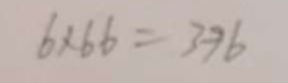
6 \times 6 6 = 3 9 6